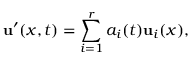
{ \mathbf { u } } ^ { \prime } ( x , t ) = \sum _ { i = 1 } ^ { r } a _ { i } ( t ) { \mathbf { u } } _ { i } ( x ) ,